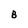
Character: B